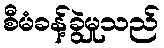
စီမံခန့်ခွဲမှုသည်